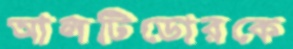
আলটিডোরকে